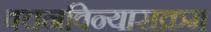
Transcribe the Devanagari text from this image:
वचनविन्यासक्रम